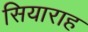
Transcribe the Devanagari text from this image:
सियाराह